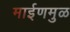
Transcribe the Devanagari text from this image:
माईणमुळ